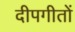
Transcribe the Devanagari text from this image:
दीपगीतों